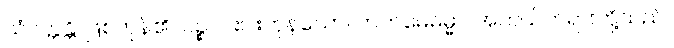
သံဝတ္တန္တိ၊ ဖြစ်ကုန်၏။ ပဉ္စ၊ ငါးပါးကုန်သော။ ကတမေဓမ္မာ၊ အဘယ်တရားတို့သည်။